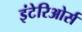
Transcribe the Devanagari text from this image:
इंटेरिओर्स